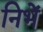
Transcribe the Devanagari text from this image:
निभें